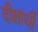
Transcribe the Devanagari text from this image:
दीक्षार्थी